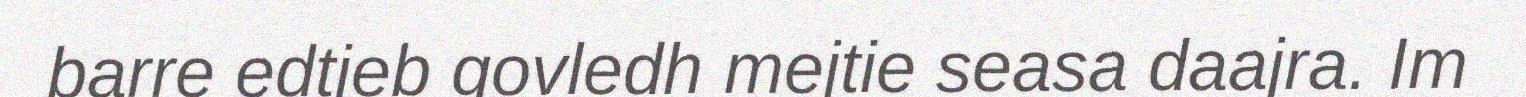
barre edtjeb govledh mejtie seasa daajra. Im